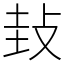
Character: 㪈